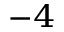
^ { - 4 }